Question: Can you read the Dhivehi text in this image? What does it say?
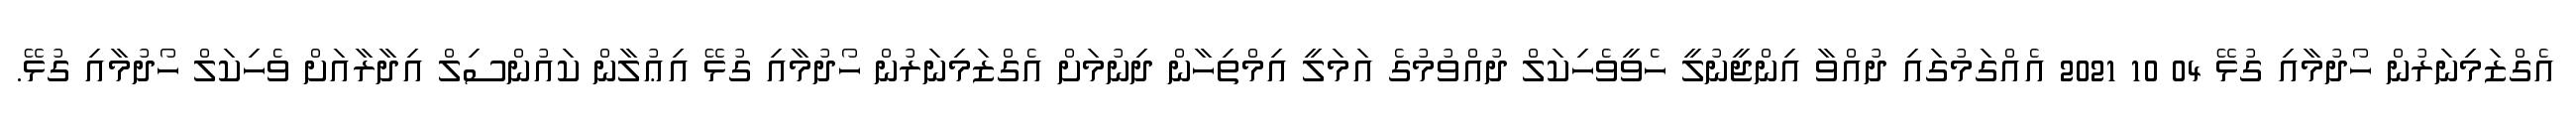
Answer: އެގްޒަމިނަރުން ހޯދުމާއި ގުޅޭ 04 10 2021 އެއްގަމުގައި ދުއްވާ އިންޖީނުލީ ހެވީވެހިކަލް ދުއްވުމުގެ އަމަލީ އިމްތިހާން ދިނުމަށް އެގްޒަމިނަރުން ހޯދުމާއި ގުޅޭ އިޢުލާން ކައުންސިލް އިދާރާއަށް ވެހިކަލް ހޯދުމާއި ގުޅޭ.